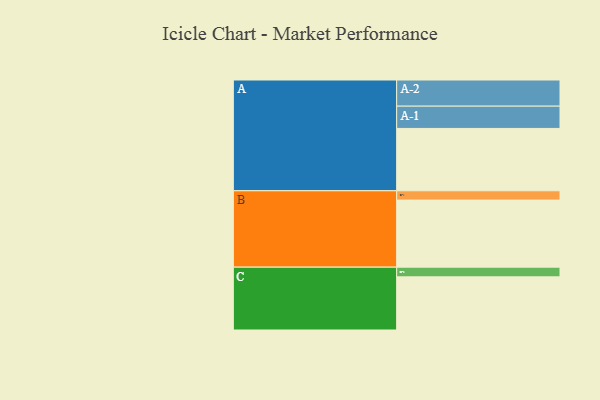
{"axis": {"x": "Segment", "y": "Value"}, "legend": ["", "A", "B", "C"], "data": [{"x": "A", "y": 515, "type": ""}, {"x": "B", "y": 554, "type": ""}, {"x": "C", "y": 439, "type": ""}, {"x": "A-1", "y": 184, "type": "A"}, {"x": "A-2", "y": 216, "type": "A"}, {"x": "B-1", "y": 77, "type": "B"}, {"x": "C-1", "y": 80, "type": "C"}]}